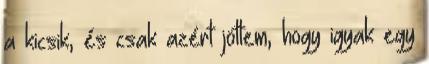
a kicsik, és csak azért jöttem, hogy igyak egy